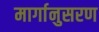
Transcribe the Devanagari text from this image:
मार्गानुसरण